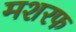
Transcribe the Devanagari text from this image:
मशरफ